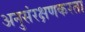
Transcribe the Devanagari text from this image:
अनुसंरक्षणकरता